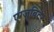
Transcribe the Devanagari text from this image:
एग्जुबिटर